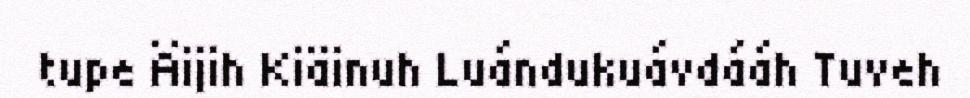
tupe Äijih Kiäinuh Luándukuávdááh Tuveh